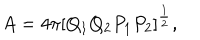
A = 4 \pi [ Q _ { 1 } Q _ { 2 } P _ { 1 } P _ { 2 } ] ^ { \frac { 1 } { 2 } } ,